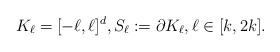
LaTeX: \begin{align*} K_\ell=[-\ell,\ell]^d,S_\ell:=\partial K_\ell,\ell\in [k,2k].\end{align*}